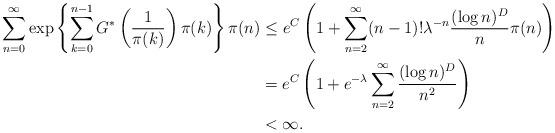
LaTeX: \begin{align*} \sum_{n=0}^\infty \exp \left\{ \sum_{k=0}^{n-1} G^* \left(\frac{1}{\pi(k)} \right) \pi(k) \right\} \pi(n) & \leq e^C \left( 1 + \sum_{n=2}^\infty (n-1)! \lambda^{-n} \frac{(\log n)^D}{n} \pi(n) \right) \\& =e^{C} \left( 1 + e^{-\lambda} \sum_{n=2}^\infty \frac{(\log n)^D}{n^2} \right) \\& < \infty .\end{align*}